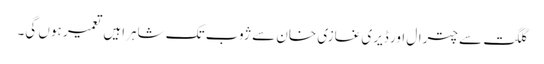
گلگت سے چترال اور ڈیری غازی خان سے ژوب تک شاہراہیں تعمیر ہوں گی۔